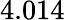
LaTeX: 4.014